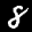
Label: 8